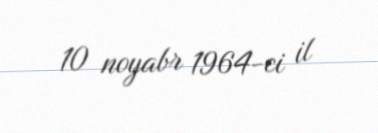
10 noyabr 1964-ci il